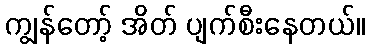
ကျွန်တော့် အိတ် ပျက်စီးနေတယ်။